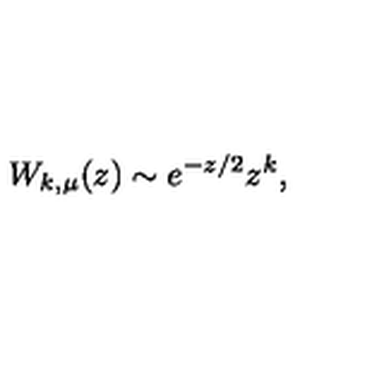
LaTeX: W _ { k , \mu } ( z ) \sim e ^ { - z / 2 } z ^ { k } ,